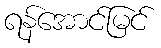
ရန်အောင်မြင်